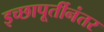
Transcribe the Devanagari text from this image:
इच्छापूर्तीनंतर